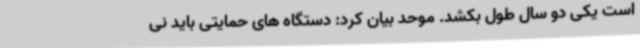
است یکی دو سال طول بکشد. موحد بیان کرد: دستگاه های حمایتی باید نی